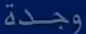
وجدة